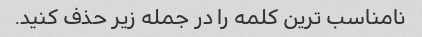
نامناسب ترین کلمه را در جمله زیر حذف کنید.